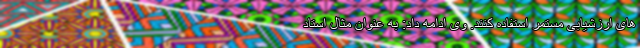
های ارزشیابی مستمر استفاده کنند. وی ادامه داد: به عنوان مثال استاد